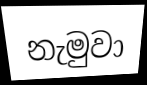
නැමුවා